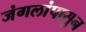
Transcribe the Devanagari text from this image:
जंगलांपासुन